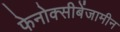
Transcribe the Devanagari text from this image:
फेनोक्सीबेंजामीन